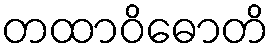
တထာဝိဓောတိ